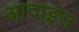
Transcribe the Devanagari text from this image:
आदाइस